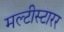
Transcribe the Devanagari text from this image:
मल्टीस्टारर